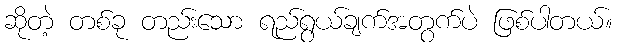
ဆိုတဲ့ တစ်ခု တည်းသော ရည်ရွယ်ချက်အတွက်ပဲ ဖြစ်ပါတယ်။